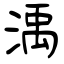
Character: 渪